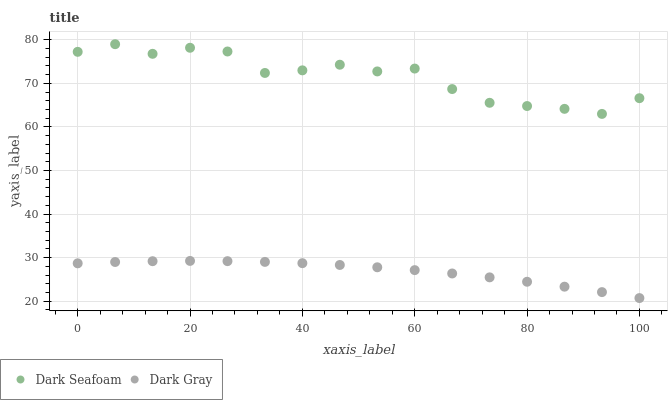
| xaxis_label | Dark Seafoam | Dark Gray |
 | --- | --- | --- |
 | 0 | 77.2 | 28.7 |
 | 6.67 | 79 | 29 |
 | 13.3 | 76.8 | 29.2 |
 | 20 | 78.2 | 29.3 |
 | 26.7 | 77.3 | 29.2 |
 | 33.3 | 72.4 | 29 |
 | 40 | 73 | 28.7 |
 | 46.7 | 74.3 | 28.3 |
 | 53.3 | 72.8 | 27.8 |
 | 60 | 73.4 | 27.1 |
 | 66.7 | 68.7 | 26.4 |
 | 73.3 | 65.6 | 25.5 |
 | 80 | 64.8 | 24.5 |
 | 86.7 | 64.2 | 23.4 |
 | 93.3 | 63 | 22.1 |
 | 100 | 66.6 | 20.7 |